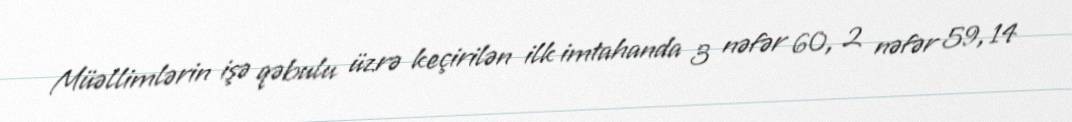
Müəllimlərin işə qəbulu üzrə keçirilən ilk imtahanda 3 nəfər 60, 2 nəfər 59, 14